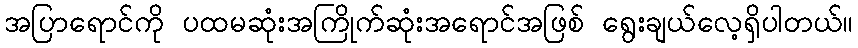
အပြာရောင်ကို ပထမဆုံးအကြိုက်ဆုံးအရောင်အဖြစ် ရွေးချယ်လေ့ရှိပါတယ်။